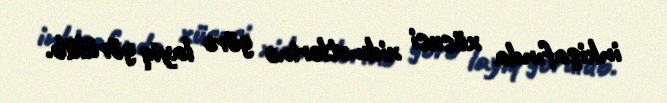
inkişafında xüsusi xidmətlərinə görə layiq görülüb.